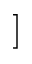
]